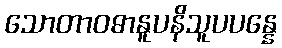
သောတာဝဓာနူပနိသူပပန္နေ